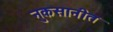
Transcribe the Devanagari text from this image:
नुकसानीत